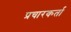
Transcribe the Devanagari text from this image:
प्रचारकर्ता